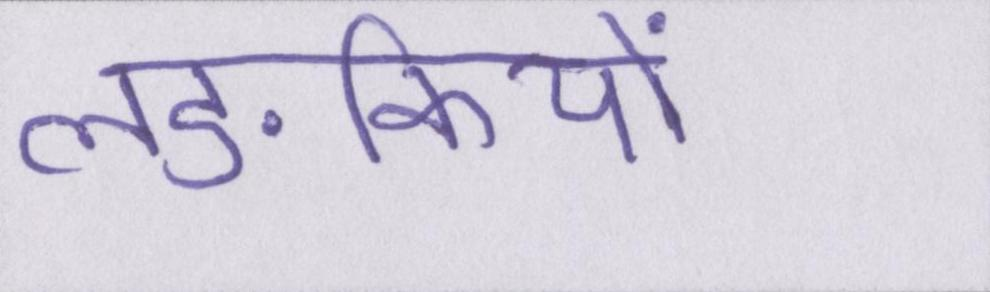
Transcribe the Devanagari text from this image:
लङकियों